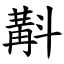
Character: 斠